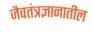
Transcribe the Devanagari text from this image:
जैवतंत्रज्ञानातील